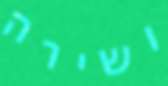
ושירה